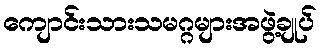
ကျောင်းသားသမဂ္ဂများအဖွဲ့ချုပ်